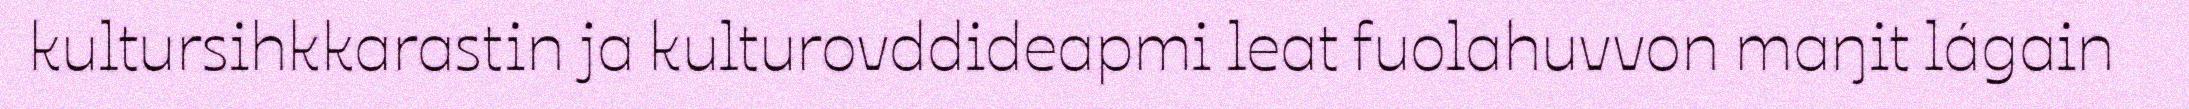
kultursihkkarastin ja kulturovddideapmi leat fuolahuvvon maŋit lágain